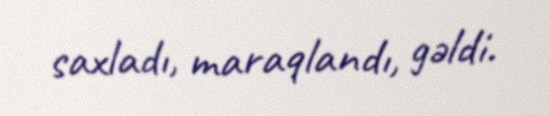
saxladı, maraqlandı, gəldi.